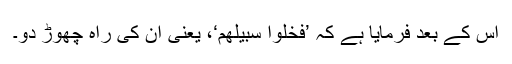
اِس کے بعد فرمایا ہے کہ ’فَخَلُّوْا سَبِیْلَھُمْ‘، یعنی اُن کی راہ چھوڑ دو۔